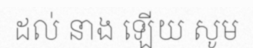
ដល់ នាង ឡើយ សូម